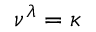
\nu ^ { \lambda } = \kappa